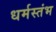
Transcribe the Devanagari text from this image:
धर्मस्तंभ